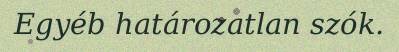
Egyéb határozatlan szók.